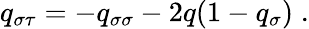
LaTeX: q_{\sigma\tau}=-q_{\sigma\sigma}-2q(1-q_{\sigma})\; .